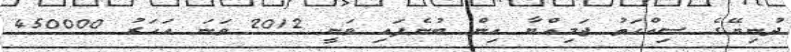
ދުނިޔޭގެ ސިއްހަތު ޖަމިއްޔާ އިން ބުނެފައި ވަނީ 2012 ވަނަ އަހަރު 450000